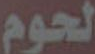
لحوم